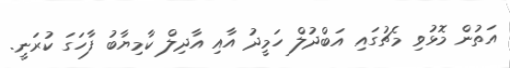
އަތުން މޮޅުވި މެޗުގައި އަބްދުލް ހަމީދު އާއި އާދިލް ކާމިޔާބު ފާހަގަ ކުރަނީ.